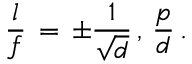
{ \frac { l } { f } } \, = \, \pm { \frac { 1 } { \sqrt { d } } } \, , \, { \frac { p } { d } } \, .